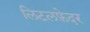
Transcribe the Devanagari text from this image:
लिटलफ़ेदर